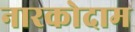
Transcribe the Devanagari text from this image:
नारकोदाम